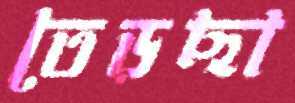
তেড়ছা